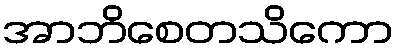
အာဘိစေတသိကော